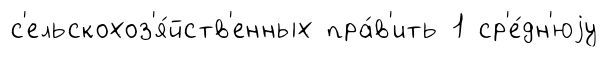
с'ельскохоз'я́йств'енных пра́в'ить 1 ср'е́дн'юjу